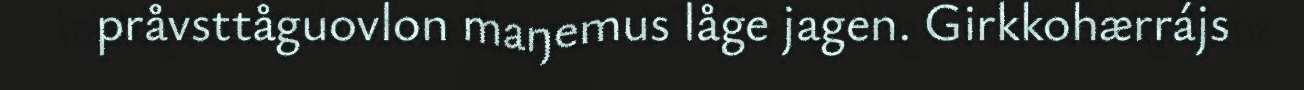
pråvsttåguovlon maŋemus låge jagen. Girkkohærrájs